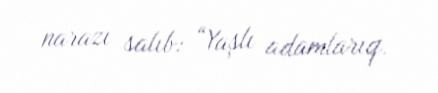
narazı salıb: “Yaşlı adamlarıq.